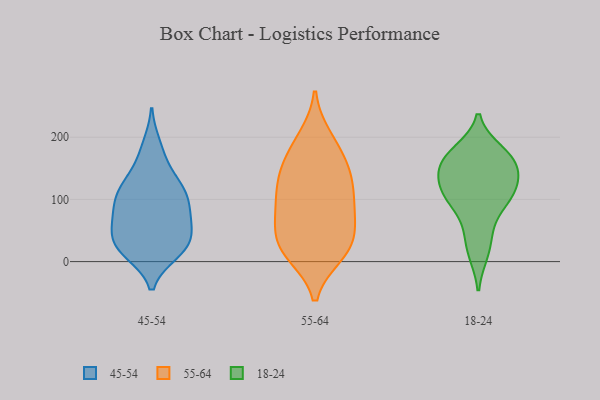
{"axis": {"x": "LTV (USD)", "y": "Value"}, "legend": ["18-24", "45-54", "55-64"], "data": [{"x": "", "y": 170, "type": "45-54"}, {"x": "", "y": 105, "type": "45-54"}, {"x": "", "y": 107, "type": "45-54"}, {"x": "", "y": 21, "type": "45-54"}, {"x": "", "y": 74, "type": "45-54"}, {"x": "", "y": 39, "type": "45-54"}, {"x": "", "y": 134, "type": "45-54"}, {"x": "", "y": 68, "type": "45-54"}, {"x": "", "y": 187, "type": "45-54"}, {"x": "", "y": 126, "type": "45-54"}, {"x": "", "y": 42, "type": "45-54"}, {"x": "", "y": 53, "type": "45-54"}, {"x": "", "y": 17, "type": "45-54"}, {"x": "", "y": 15, "type": "45-54"}, {"x": "", "y": 81, "type": "45-54"}, {"x": "", "y": 27, "type": "45-54"}, {"x": "", "y": 115, "type": "45-54"}, {"x": "", "y": 110, "type": "45-54"}, {"x": "", "y": 75, "type": "45-54"}, {"x": "", "y": 20, "type": "45-54"}, {"x": "", "y": 17, "type": "55-64"}, {"x": "", "y": 199, "type": "55-64"}, {"x": "", "y": 86, "type": "55-64"}, {"x": "", "y": 189, "type": "55-64"}, {"x": "", "y": 42, "type": "55-64"}, {"x": "", "y": 18, "type": "55-64"}, {"x": "", "y": 86, "type": "55-64"}, {"x": "", "y": 21, "type": "55-64"}, {"x": "", "y": 12, "type": "55-64"}, {"x": "", "y": 144, "type": "55-64"}, {"x": "", "y": 99, "type": "55-64"}, {"x": "", "y": 119, "type": "55-64"}, {"x": "", "y": 166, "type": "55-64"}, {"x": "", "y": 141, "type": "55-64"}, {"x": "", "y": 51, "type": "55-64"}, {"x": "", "y": 68, "type": "55-64"}, {"x": "", "y": 134, "type": "55-64"}, {"x": "", "y": 48, "type": "18-24"}, {"x": "", "y": 139, "type": "18-24"}, {"x": "", "y": 177, "type": "18-24"}, {"x": "", "y": 119, "type": "18-24"}, {"x": "", "y": 170, "type": "18-24"}, {"x": "", "y": 156, "type": "18-24"}, {"x": "", "y": 104, "type": "18-24"}, {"x": "", "y": 92, "type": "18-24"}, {"x": "", "y": 157, "type": "18-24"}, {"x": "", "y": 112, "type": "18-24"}, {"x": "", "y": 14, "type": "18-24"}]}